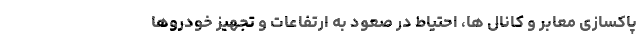
پاکسازی معابر و کانال ها، احتیاط در صعود به ارتفاعات و تجهیز خودروها